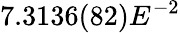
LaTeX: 7.3136(82)E^{-2}